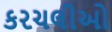
કરચલીઓ